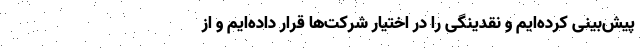
پیش‌بینی کرده‌ایم و نقدینگی را در اختیار شرکت‌ها قرار داده‌ایم و از